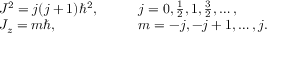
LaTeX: \begin{array} { r l } { J ^ { 2 } = j ( j + 1 ) \hbar ^ { 2 } , \qquad } & { { } j = 0 , { \frac { 1 } { 2 } } , 1 , { \frac { 3 } { 2 } } , \ldots , } \\ { J _ { z } = m \hbar , \qquad \qquad \quad } & { { } m = - j , - j + 1 , \ldots , j . } \end{array}